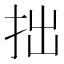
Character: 拙